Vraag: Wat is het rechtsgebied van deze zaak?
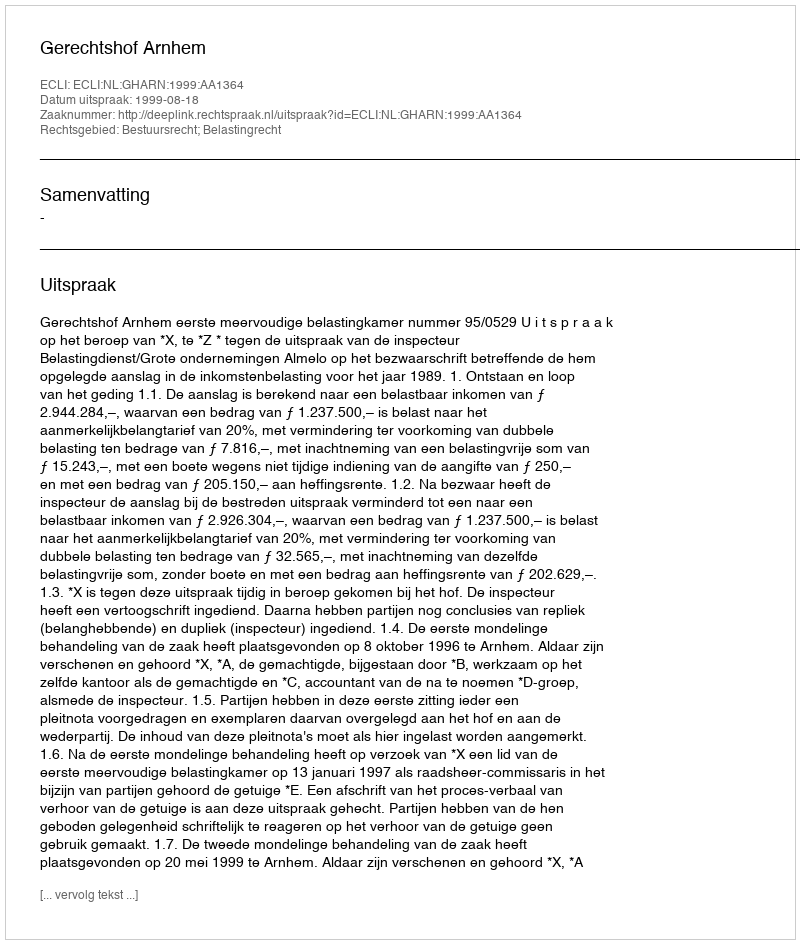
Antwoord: Bestuursrecht; Belastingrecht